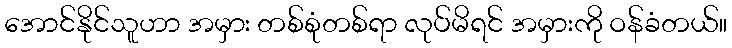
အောင်နိုင်သူဟာ အမှား တစ်စုံတစ်ရာ လုပ်မိရင် အမှားကို ဝန်ခံတယ်။